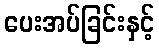
ပေးအပ်ခြင်းနှင့်